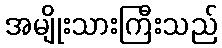
အမျိုးသားကြီးသည်